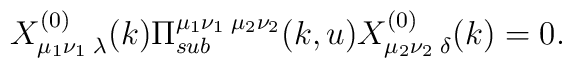
X^{(0)}_{\mu_1\nu_1\;\lambda}(k)\Pi^{\mu_1\nu_1\;\mu_2\nu_2}_{sub}(k,u) X^{(0)}_{\mu_2\nu_2\;\delta}(k)=0.